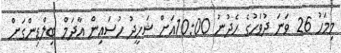
މިމަހު 26 ވަނަ ދުވަހުގެ ހެދުނު 10:00އަށް ޝަހީދު ހުސައިން އާދަމް ބިލްޑިންގަށް